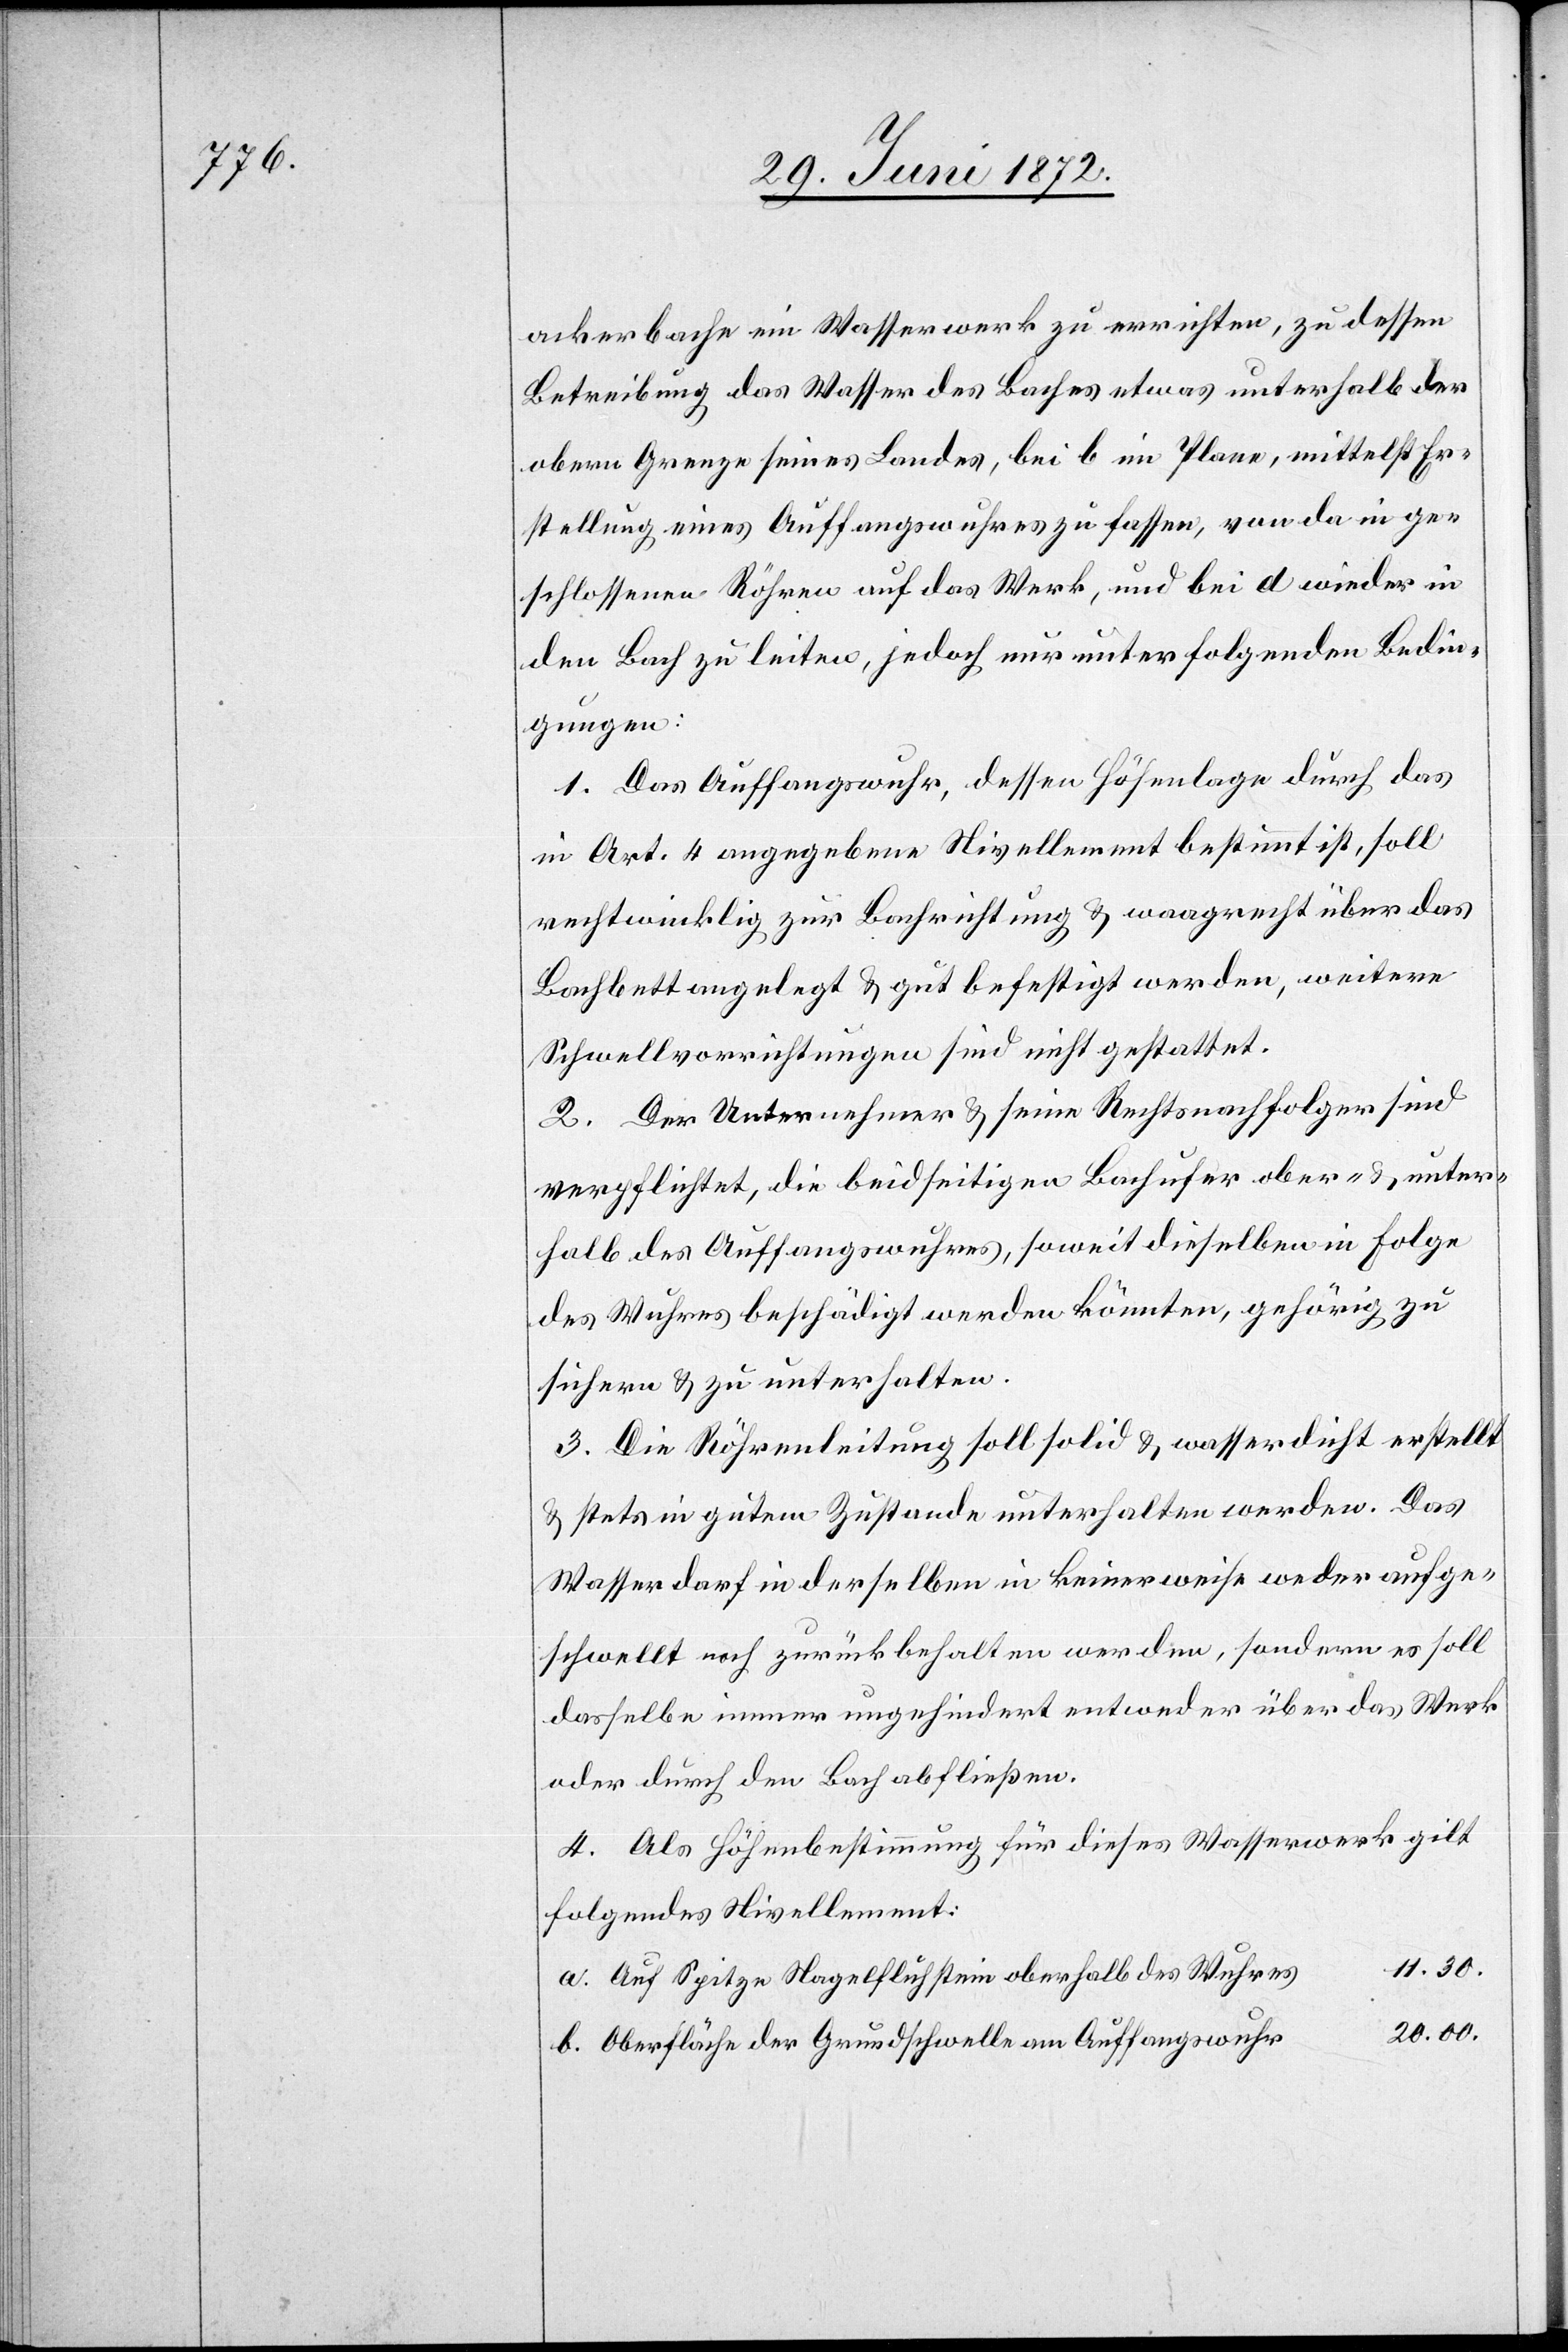
ackerbache ein Wasserwerk zu errichten, zu dessen
Betreibung das Wasser des Baches etwas unterhalb der
obern Grenze seines Landes, bei b im Plane, mittelst Er¬
stellung eines Auffangswuhres zu fassen, von da in ge¬
schlossenen Röhren auf das Werk, und bei d wieder in
den Bach zu leiten, jedoch nur unter folgenden Bedin¬
gungen:
1. Das Auffangswuhr, dessen Höhenlage durch das
in Art. 4 angegebene Nievellement bestimmt ist, soll
rechtwinklig zur Bachrichtung u. waagrecht über das
Bachbett angelegt u. gut befestigt werden, weitere
Schwellvorrichtungen sind nicht gestattet.
2. Der Unternehmer u. seine Rechtsnachfolger sind
verpflichtet, die beidseitigen Bachufer ober- u. unter¬
halb des Auffangswuhres, soweit dieselben in Folge
des Wuhres beschädigt werden könnten, gehörig zu
sichern u. zu unterhalten.
3. Die Röhrenleitung soll solid u. wasserdicht erstellt
u. stets in gutem Zustande unterhalten werden. Das
Wasser darf in derselben in keinerweise [sic!] weder aufge¬
schwellt noch zurückbehalten werden, sondern es soll
dasselbe immer ungehindert entweder über das Werk
oder durch den Bach abfließen.
4. Als Höhenbestimmung für dieses Wasserwerk gilt
folgendes Nivellement:
11.30.
Auf Spitze Nagelflühstein oberhalb des Wuhres
20.00.
Oberfläche der Grundschwelle am Auffangswuhr